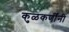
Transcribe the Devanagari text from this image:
कुळकर्णींनी